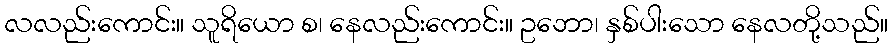
လလည်းကောင်း။ သူရိယော စ၊ နေလည်းကောင်း။ ဥဘော၊ နှစ်ပါးသော နေလတို့သည်။